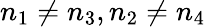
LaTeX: n_{1}\neq n_{3},n_{2}\neq n_{4}